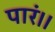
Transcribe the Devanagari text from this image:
पारं।।